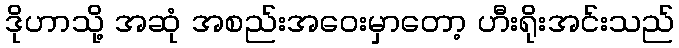
ဒိုဟာသို့ အဆုံ အစည်းအဝေးမှာတော့ ဟီးရိုးအင်းသည်